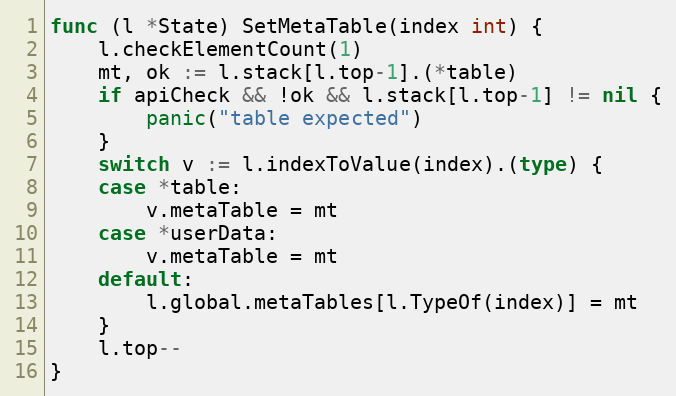
Language: Go
func (l *State) SetMetaTable(index int) {
	l.checkElementCount(1)
	mt, ok := l.stack[l.top-1].(*table)
	if apiCheck && !ok && l.stack[l.top-1] != nil {
		panic("table expected")
	}
	switch v := l.indexToValue(index).(type) {
	case *table:
		v.metaTable = mt
	case *userData:
		v.metaTable = mt
	default:
		l.global.metaTables[l.TypeOf(index)] = mt
	}
	l.top--
}